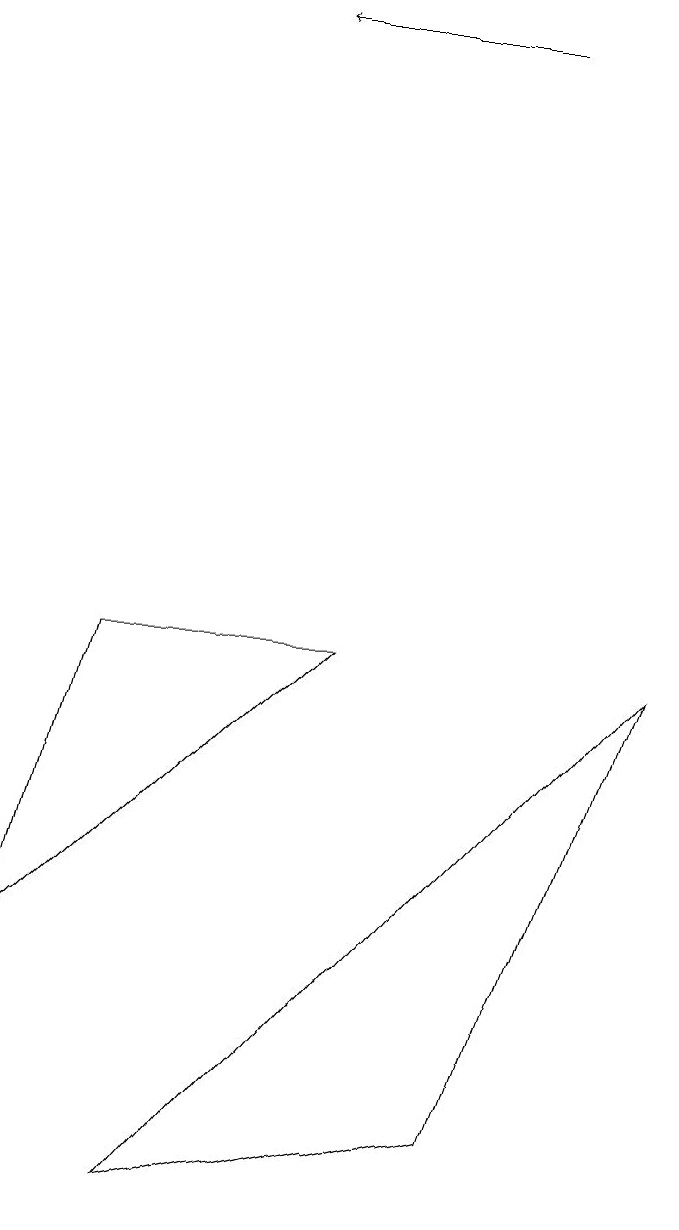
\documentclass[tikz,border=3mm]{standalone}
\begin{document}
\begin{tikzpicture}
\draw (2,1) -- (8,8) -- (6,2) -- cycle;
\draw[->] (6,16) -- (3,16);
\draw (1,8) -- (0,4) -- (4,8) -- cycle;
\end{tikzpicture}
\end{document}